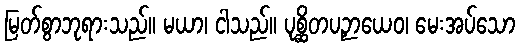
မြတ်စွာဘုရားသည်။ မယာ၊ ငါသည်။ ပုစ္ဆိတပဉှာယေဝ၊ မေးအပ်သော